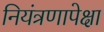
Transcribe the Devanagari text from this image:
नियंत्रणापेक्षा